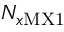
N _ { x \mathrm { M X 1 } }